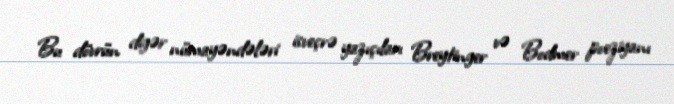
Bu dövrün digər nümayəndələri isveçrə yazıçıları Breytinger və Bodmer poeziyanı